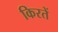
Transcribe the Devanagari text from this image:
किरतें